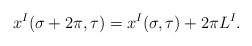
\begin{align*}x^{I}(\sigma + 2 \pi , \tau) = x^{I}(\sigma, \tau) + 2 \pi L^{I}.\end{align*}